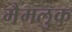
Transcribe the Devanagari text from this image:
मैमलुक